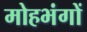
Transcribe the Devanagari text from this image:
मोहभंगों